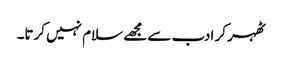
ٹھہر کر ادب سے مجھے سلام نہیں کرتا۔